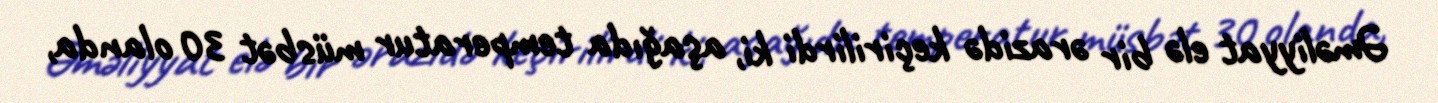
Əməliyyat elə bir ərazidə keçirilirdi ki, aşağıda temperatur müsbət 30 olanda,